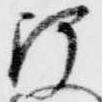
阿